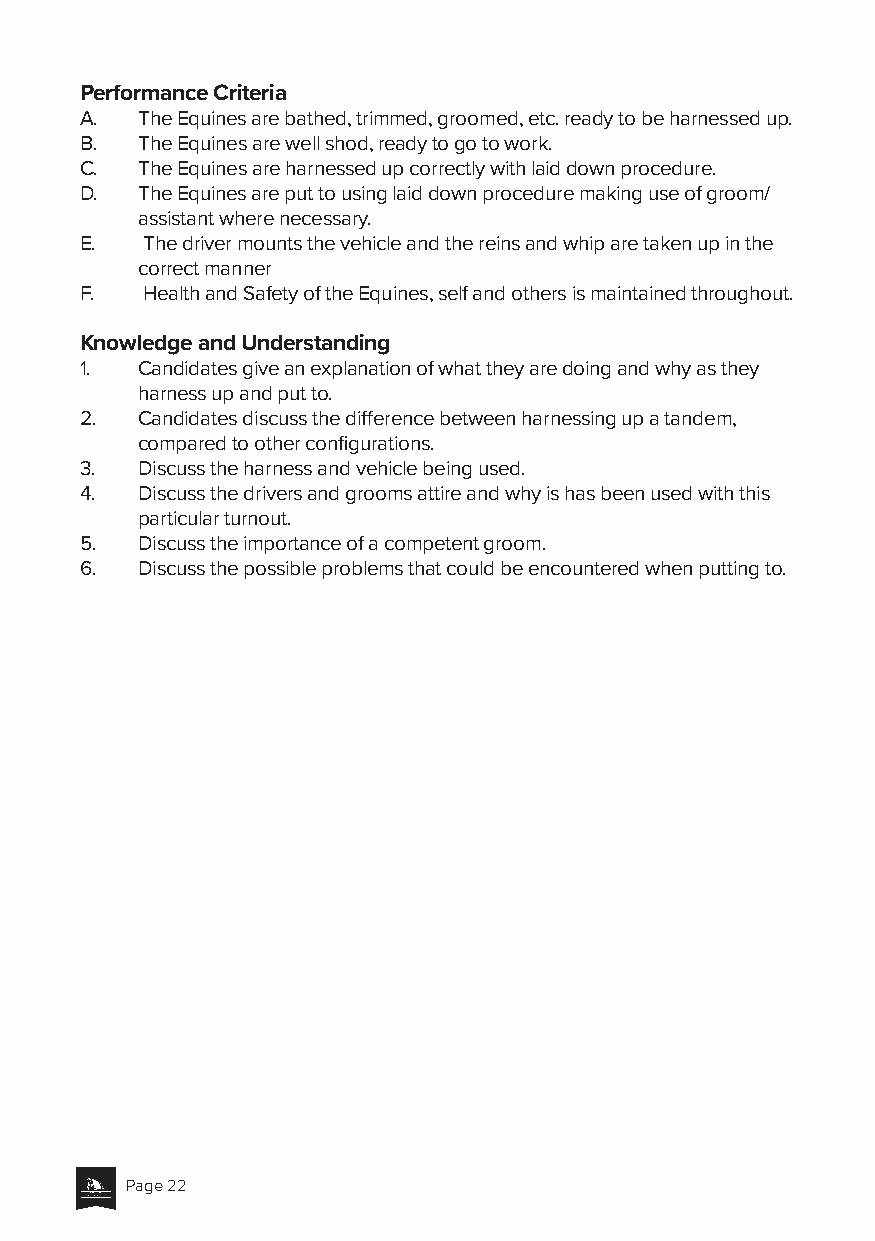
Performance Criteria
 A.  The Equines are bathed, trimmed, groomed, etc. ready to be harnessed up.
 B.  The Equines are well shod, ready to go to work.
 C.  The Equines are harnessed up correctly with laid down procedure.
 D.  The Equines are put to using laid down procedure making use of groom/
 assistant where necessary.
 E.  The driver mounts the vehicle and the reins and whip are taken up in the
 correct manner
 F.  Health and Safety of the Equines, self and others is maintained throughout.
 Knowledge and Understanding
 1.  Candidates give an explanation of what they are doing and why as they
 harness up and put to.
 2.  Candidates discuss the difference between harnessing up a tandem,
 compared to other configurations.
 3.  Discuss the harness and vehicle being used.
 4.  Discuss the drivers and grooms attire and why is has been used with this
 particular turnout.
 5.  Discuss the importance of a competent groom.
 6.  Discuss the possible problems that could be encountered when putting to.
 Page 22